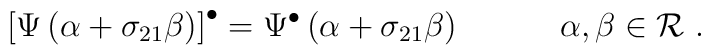
\left[ \Psi \left( \alpha + \sigma_{21} \beta \right) \right]^{\bullet} =   \Psi^{\bullet}    \left( \alpha + \sigma_{21} \beta \right)~~~~~~~~~\alpha, \beta \in {\cal R}~.